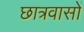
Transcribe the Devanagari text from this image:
छात्रवासों